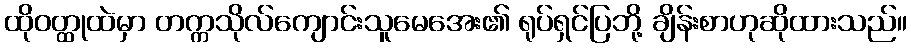
ထိုဝတ္ထုထဲမှာ တက္ကသိုလ်ကျောင်းသူမေအေး၏ ရုပ်ရှင်ပြဘို့ ချိန်းစာဟုဆိုထားသည်။